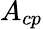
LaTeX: A_{cp}